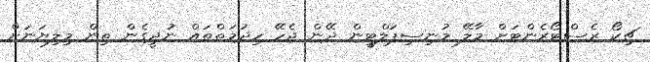
ޗިކޯ ރެސްޓޯރެންޓަށް މާލޭ މުނިސިޕަލްޓީން ދޭން ޖެހޭ ހިދުމަތްތައް ނުދީގެން ތިން މިލިޔަނަށް